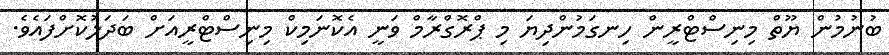
ބުނުމުން ޔޫތް މިނިސްޓްރީން ހިނގަމުންދިޔަ މި ޕްރޮގްރާމް ވަނީ އެކޮނަމިކް މިނިސްޓްރީއަށް ބަދަލުކޮށްފައެވެ.